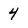
Character: 4